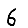
Digit: 6